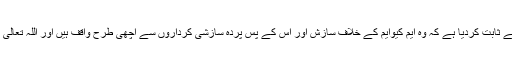
جناب الطاف حسین نے اسلام آباد میں نئی ایم کیوایم بنانے کی سازش کا انکشاف کرکے ثابت کردیا ہے کہ وہ ایم کیوایم کے خلاف سازش اور اس کے پس پردہ سازشی کرداروں سے اچھی طرح واقف ہیں اور اللہ تعالیٰ کی تائید اور عوام کی حمایت سے اس قسم کی سازشوں کو ناکام بنانا بھی جانتے ہیں۔